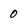
Character: 0